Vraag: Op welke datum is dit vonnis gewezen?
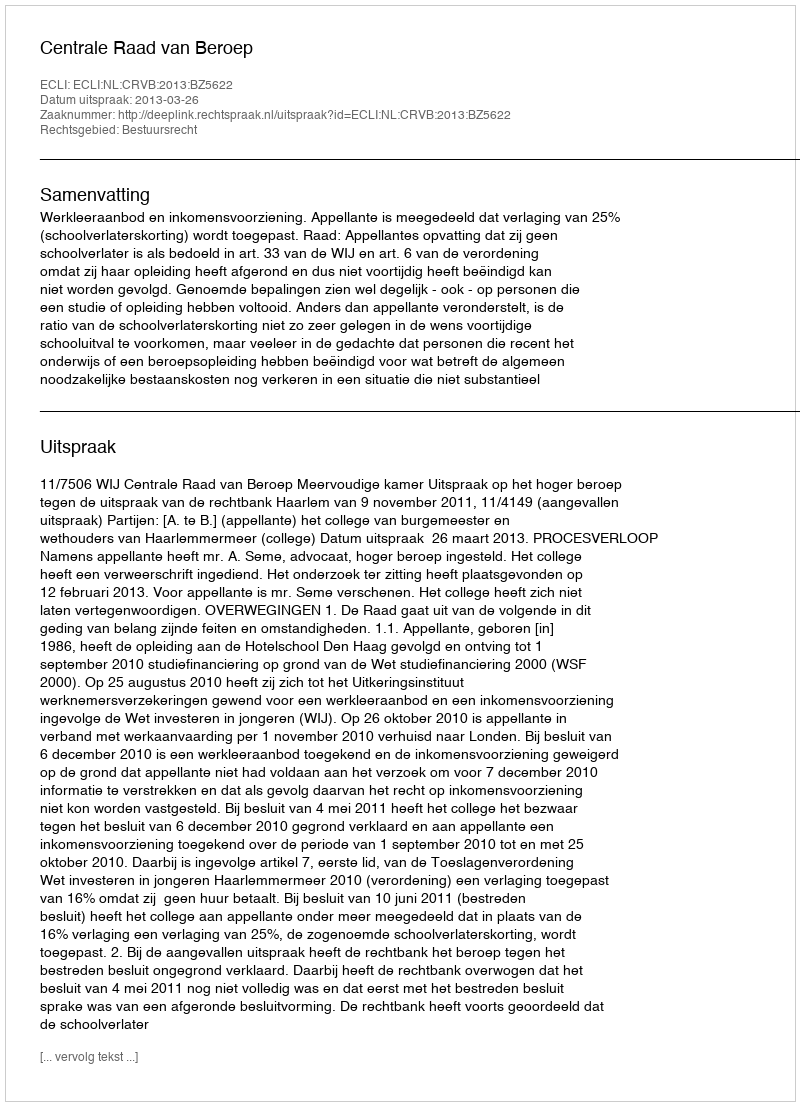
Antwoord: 2013-03-26